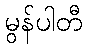
မွန်ပါတီ